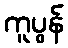
ကူပွန်